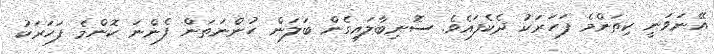
އޭނަވަނީ ކިތަންމެ ފަހަރަކު ދެކެފައެވެ. ސޮނިބާލައިގެން ބަލަން ހުންނަތަން ފެންނަ ކޮންމެ ފަހަރަކު